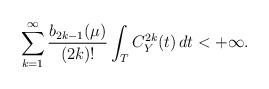
LaTeX: \begin{align*}\sum_{k=1}^{\infty}\frac{b_{2k-1}(\mu)}{(2k)!} \int_T C_Y^{2k}(t) \, d t <+\infty.\end{align*}